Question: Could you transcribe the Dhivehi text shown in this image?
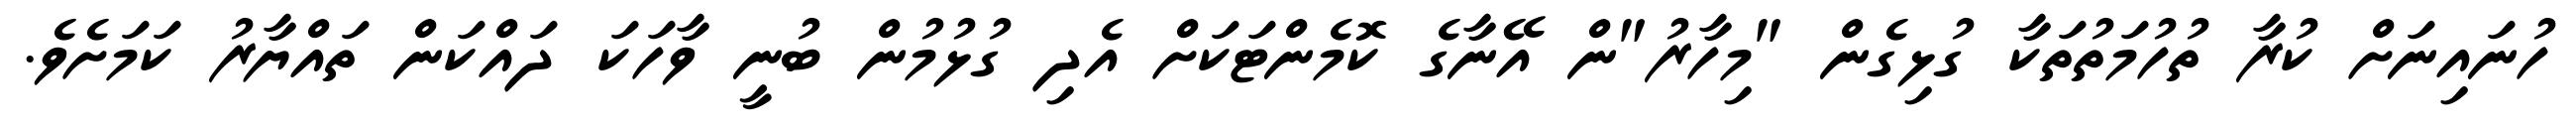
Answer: ހުނައިނަށް ކުރާ ތުހުމަތުތަކާ ގުޅިގެން "މިހާރު"ން އޭނާގެ ކޮމެންޓަކަށް އެދި ގުޅުމުން ބުނީ ވާހަކަ ދައްކަން ތައްޔާރު ކަމަށެވެ.